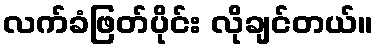
လက်ခံဖြတ်ပိုင်း လိုချင်တယ်။